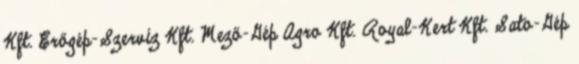
Kft. Erőgép-Szervíz Kft. Mező-Gép Agro Kft. Royal-Kert Kft. Sato-Gép